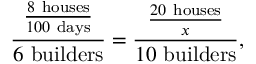
{ \frac { \frac { 8 \ { \mathrm { h o u s e s } } } { 1 0 0 \ { \mathrm { d a y s } } } } { 6 \ { \mathrm { b u i l d e r s } } } } = { \frac { \frac { 2 0 \ { \mathrm { h o u s e s } } } { x } } { 1 0 \ { \mathrm { b u i l d e r s } } } } ,